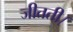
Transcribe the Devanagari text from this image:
जीतती।